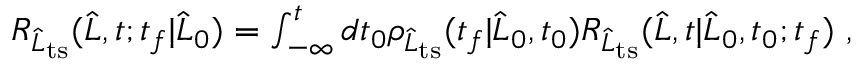
\begin{array} { r } { R _ { \widehat { L } _ { \mathrm { t s } } } ( \widehat { L } , t ; t _ { f } | \widehat { L } _ { 0 } ) = \int _ { - \infty } ^ { t } d t _ { 0 } \rho _ { \widehat { L } _ { \mathrm { t s } } } ( t _ { f } | \widehat { L } _ { 0 } , t _ { 0 } ) R _ { \widehat { L } _ { \mathrm { t s } } } ( \widehat { L } , t | \widehat { L } _ { 0 } , t _ { 0 } ; t _ { f } ) \ , } \end{array}